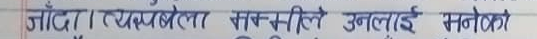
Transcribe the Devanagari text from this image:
जाँदा। त्यसबखत रासमनीले उनलाई रुलेको